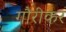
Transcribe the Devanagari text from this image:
गौरीकर